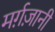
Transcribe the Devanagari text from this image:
मर्ग़ज़ानी